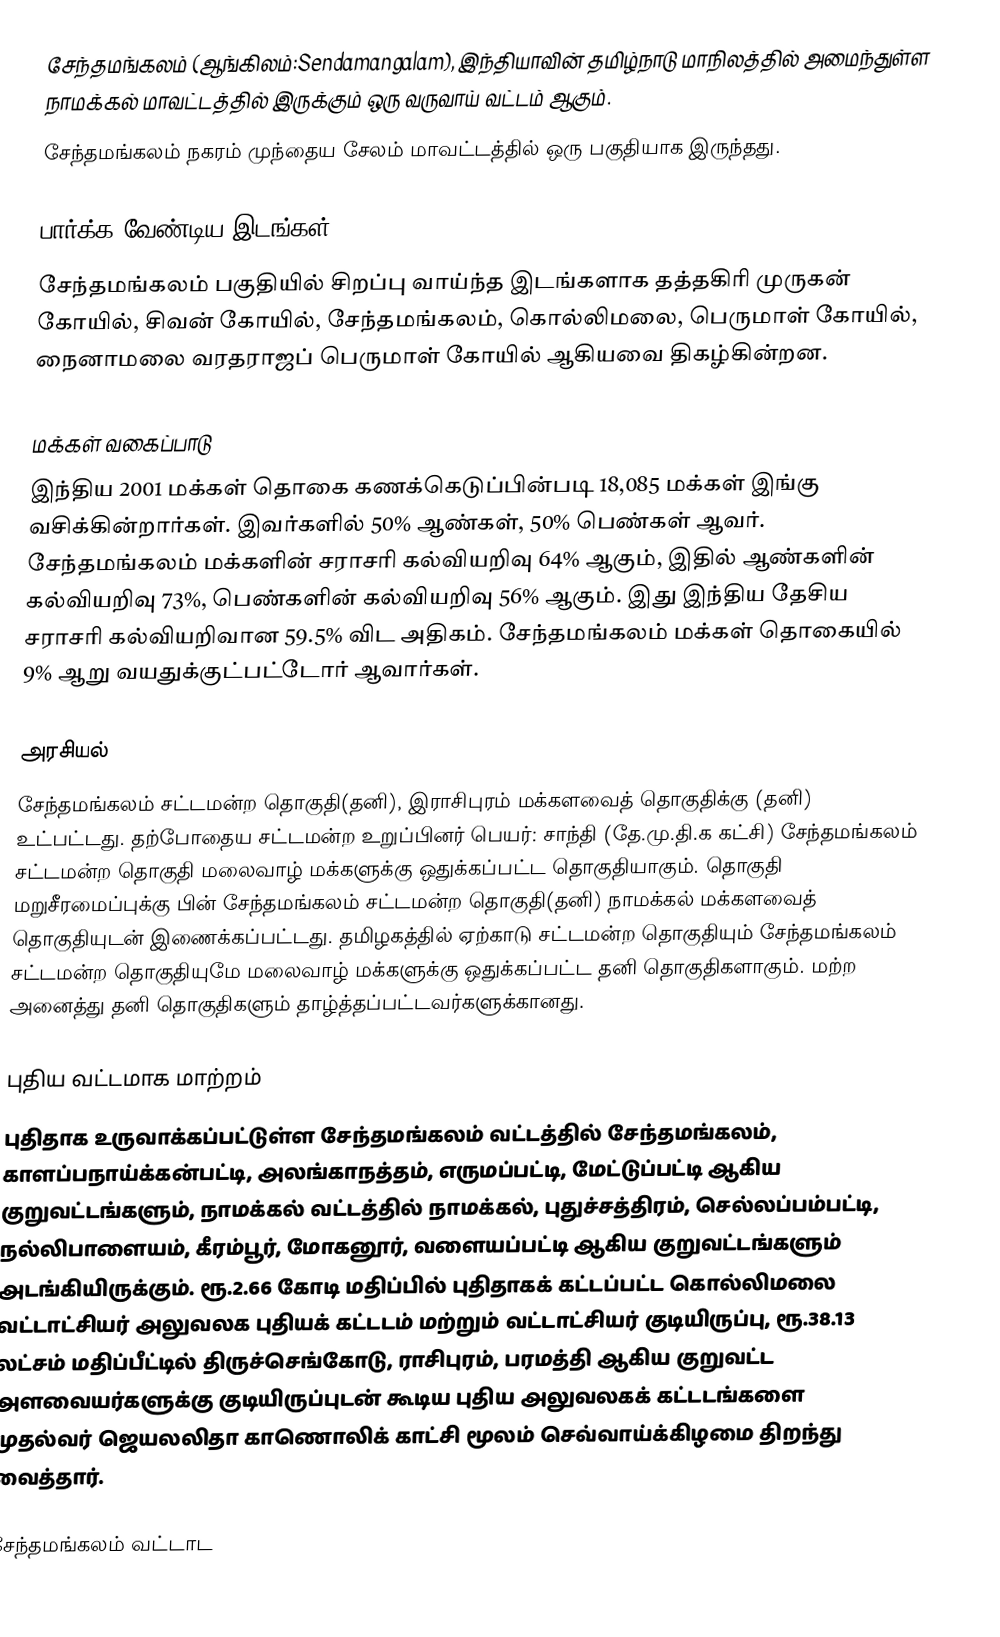
சேந்தமங்கலம் (ஆங்கிலம்:Sendamangalam), இந்தியாவின் தமிழ்நாடு மாநிலத்தில் அமைந்துள்ள நாமக்கல் மாவட்டத்தில் இருக்கும் ஒரு வருவாய் வட்டம் ஆகும்.
 சேந்தமங்கலம் நகரம் முந்தைய சேலம் மாவட்டத்தில் ஒரு பகுதியாக இருந்தது.

பார்க்க வேண்டிய இடங்கள்
சேந்தமங்கலம் பகுதியில் சிறப்பு வாய்ந்த இடங்களாக தத்தகிரி முருகன் கோயில், சிவன் கோயில், சேந்தமங்கலம், கொல்லிமலை, பெருமாள் கோயில், நைனாமலை வரதராஜப் பெருமாள் கோயில் ஆகியவை திகழ்கின்றன.

மக்கள் வகைப்பாடு
இந்திய 2001 மக்கள் தொகை கணக்கெடுப்பின்படி 18,085 மக்கள் இங்கு வசிக்கின்றார்கள். இவர்களில் 50% ஆண்கள், 50% பெண்கள் ஆவர். சேந்தமங்கலம் மக்களின் சராசரி கல்வியறிவு 64% ஆகும்,  இதில் ஆண்களின் கல்வியறிவு 73%,  பெண்களின் கல்வியறிவு 56% ஆகும். இது இந்திய தேசிய சராசரி கல்வியறிவான 59.5% விட அதிகம். சேந்தமங்கலம் மக்கள் தொகையில் 9%  ஆறு வயதுக்குட்பட்டோர் ஆவார்கள்.

அரசியல்
சேந்தமங்கலம் சட்டமன்ற தொகுதி(தனி), இராசிபுரம் மக்களவைத் தொகுதிக்கு (தனி) உட்பட்டது. தற்போதைய சட்டமன்ற உறுப்பினர் பெயர்: சாந்தி (தே.மு.தி.க கட்சி) சேந்தமங்கலம் சட்டமன்ற தொகுதி மலைவாழ் மக்களுக்கு ஒதுக்கப்பட்ட தொகுதியாகும். தொகுதி மறுசீரமைப்புக்கு பின் சேந்தமங்கலம் சட்டமன்ற தொகுதி(தனி) நாமக்கல் மக்களவைத் தொகுதியுடன் இணைக்கப்பட்டது. தமிழகத்தில் ஏற்காடு சட்டமன்ற தொகுதியும் சேந்தமங்கலம் சட்டமன்ற தொகுதியுமே மலைவாழ் மக்களுக்கு ஒதுக்கப்பட்ட தனி தொகுதிகளாகும். மற்ற அனைத்து தனி தொகுதிகளும் தாழ்த்தப்பட்டவர்களுக்கானது.

புதிய வட்டமாக மாற்றம்
புதிதாக உருவாக்கப்பட்டுள்ள சேந்தமங்கலம் வட்டத்தில் சேந்தமங்கலம், காளப்பநாய்க்கன்பட்டி, அலங்காநத்தம், எருமப்பட்டி, மேட்டுப்பட்டி ஆகிய குறுவட்டங்களும், நாமக்கல் வட்டத்தில் நாமக்கல், புதுச்சத்திரம், செல்லப்பம்பட்டி, நல்லிபாளையம், கீரம்பூர், மோகனூர், வளையப்பட்டி ஆகிய குறுவட்டங்களும் அடங்கியிருக்கும். ரூ.2.66 கோடி மதிப்பில் புதிதாகக் கட்டப்பட்ட கொல்லிமலை வட்டாட்சியர் அலுவலக புதியக் கட்டடம் மற்றும் வட்டாட்சியர் குடியிருப்பு, ரூ.38.13 லட்சம் மதிப்பீட்டில் திருச்செங்கோடு, ராசிபுரம், பரமத்தி ஆகிய குறுவட்ட அளவையர்களுக்கு குடியிருப்புடன் கூடிய புதிய அலுவலகக் கட்டடங்களை முதல்வர் ஜெயலலிதா காணொலிக் காட்சி மூலம் செவ்வாய்க்கிழமை திறந்து வைத்தார்.

சேந்தமங்கலம் வட்டாட